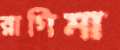
রাগিমা